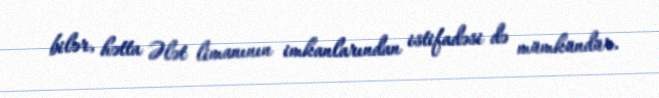
bilər, hətta Ələt limanının imkanlarından istifadəsi də mümkündür.